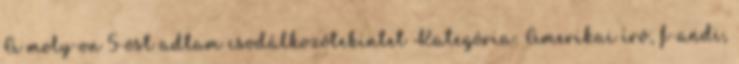
A moly-on 5-öst adtam csodálkozótekintet Kategória: Amerikai író, f-andi,